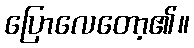
ပြောလေတော့၏။